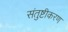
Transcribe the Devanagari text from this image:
संतुष्टीकरण